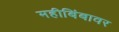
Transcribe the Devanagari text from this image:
महीबिंबावर